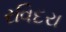
રવિદરા